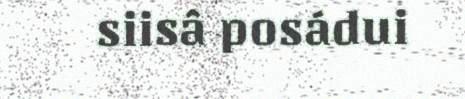
siisâ posádui